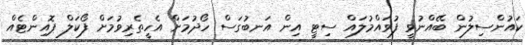
ކައުންސިލުން ބޭއްނުވީ ފުވައްމުލައް ސިޓީ އިން އަނބުގަސް ހޯދުމަށް އެހީތެރިވުމަށް ފޯކަލް ޕޮއިންޓެއް